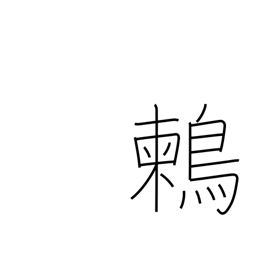
Meaning: (kokuji)